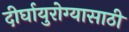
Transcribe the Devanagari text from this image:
दीर्घायुरोग्यासाठी